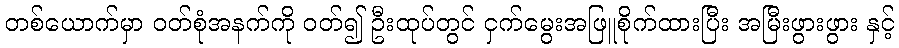
တစ်ယောက်မှာ ဝတ်စုံအနက်ကို ဝတ်၍ ဦးထုပ်တွင် ငှက်မွေးအဖြူစိုက်ထားပြီး အမြီးဖွားဖွား နှင့်